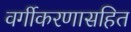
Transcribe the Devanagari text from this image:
वर्गीकरणासहित